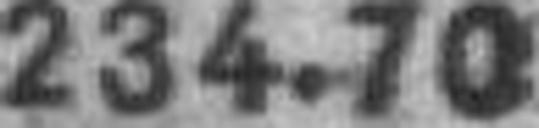
234.70